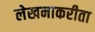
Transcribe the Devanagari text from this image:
लेखनाकरीता